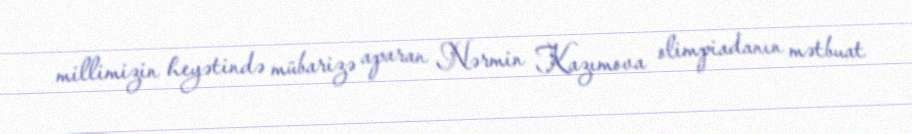
millimizin heyətində mübarizə aparan Nərmin Kazımova olimpiadanın mətbuat